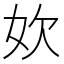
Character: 𫰑